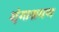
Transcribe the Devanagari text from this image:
शृंगाश्नगण